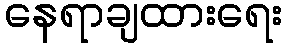
နေရာချထားရေး